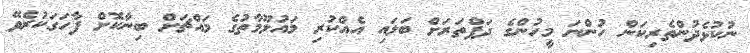
ނުކުޅެދުންތެރިކަން ހުންނަ މީހުންގެ ދަފްތަރަށް ބަލައި އެއްކުރި މައުލޫމާތުގެ މައްޗަށް ބިނާކޮށް ފާހަގަކުރެވޭ